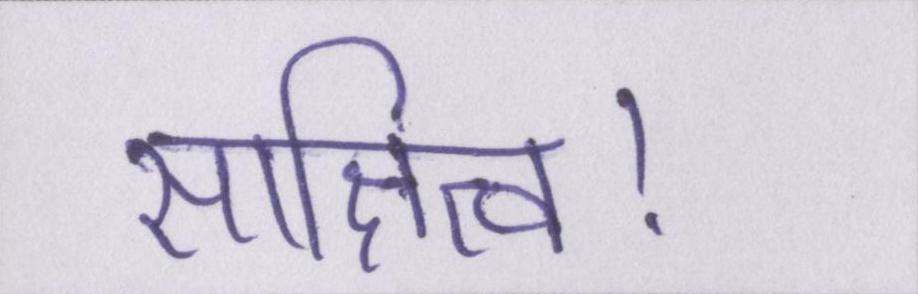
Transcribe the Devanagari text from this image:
साक्षित्व।